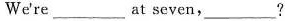
we're ___ at seven,___?